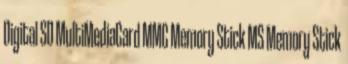
Digital SD MultiMediaCard MMC Memory Stick MS Memory Stick